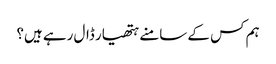
ہم کس کے سامنے ہتھیار ڈال رہے ہیں؟